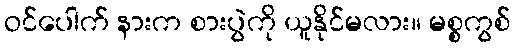
ဝင်ပေါက် နားက စားပွဲကို ယူနိုင်မလား။ မစ္စကွစ်